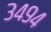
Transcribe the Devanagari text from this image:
३४९४